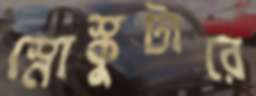
স্নোস্কুটারে